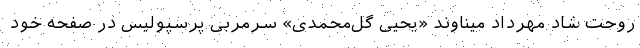
روحت شاد مهرداد میناوند «یحیی گل‌محمدی» سرمربی پرسپولیس در صفحه خود